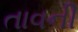
તાવની